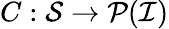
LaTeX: C:\mathcal{S}\to\mathcal{P}(\mathcal{I})